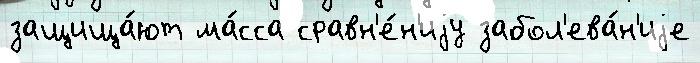
защища́ют ма́сса сравн'е́н'иjу забол'ева́н'иjе